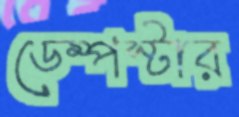
ডেম্পস্টার